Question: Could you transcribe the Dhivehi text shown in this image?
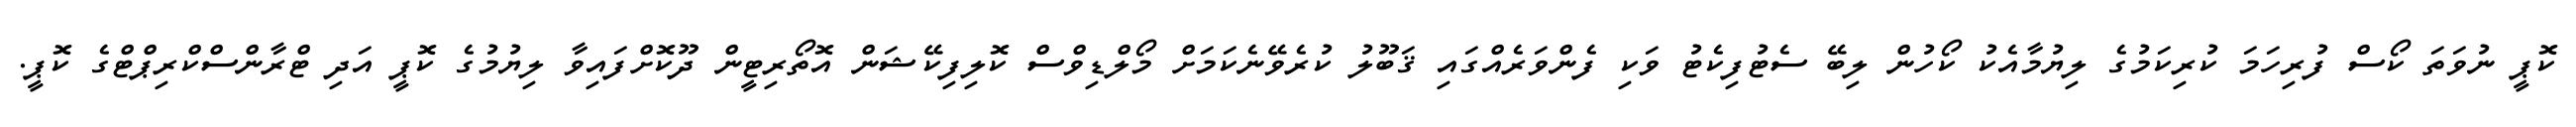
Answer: ކޮޕީ ނުވަތަ ކޯސް ފުރިހަމަ ކުރިކަމުގެ ލިޔުމާއެކު ކޯހުން ލިބޭ ސެޓުފިކެޓު ވަކި ފެންވަރެއްގައި ޤަބޫލު ކުރެވޭނެކަމަށް މޯލްޑިވްސް ކޮލިފިކޭޝަން އޮތޯރިޓީން ދޫކޮށްފައިވާ ލިޔުމުގެ ކޮޕީ އަދި ޓްރާންސްކްރިޕްޓްގެ ކޮޕީ.